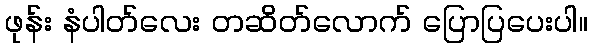
ဖုန်း နံပါတ်လေး တဆိတ်လောက် ပြောပြပေးပါ။